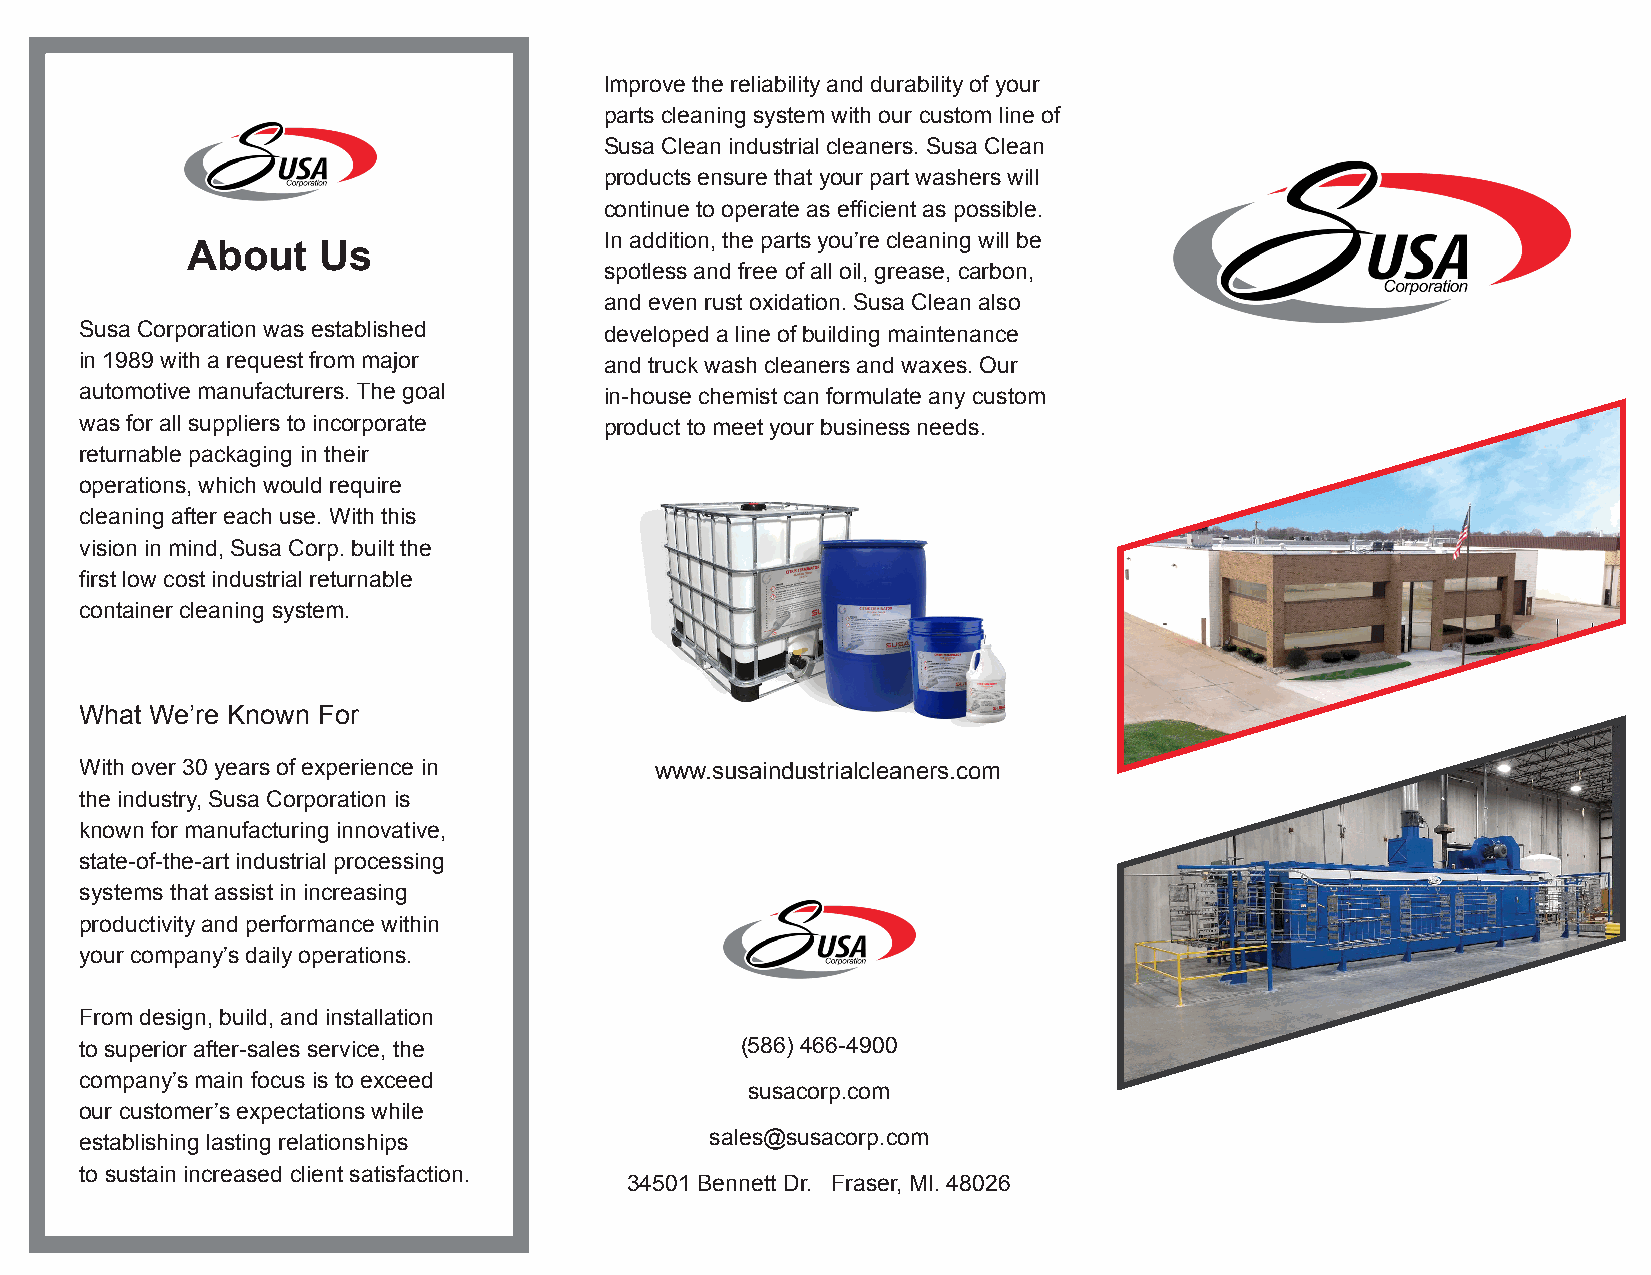
Improve the reliability and durability of your
 parts cleaning system with our custom line of
 Susa Clean industrial cleaners. Susa Clean
 products ensure that your part washers will
 continue to operate as efficient as possible.
 In addition, the parts you’re cleaning will be
 About    Us
 spotless and free of all oil, grease, carbon,
 and even rust oxidation. Susa Clean also
 Susa Corporation was established   developed a line of building maintenance
 in 1989 with a request from major  and truck wash cleaners and waxes. Our
 automotive manufacturers. The goal in-house chemist can formulate any custom
 was for all suppliers to incorporate product to meet your business needs.
 returnable packaging in their
 operations, which would require
 cleaning after each use. With this
 vision in mind, Susa Corp. built the
 first low cost industrial returnable
 container cleaning system.
 What We’re Known For
 With over 30 years of experience in   www.susaindustrialcleaners.com
 the industry, Susa Corporation is
 known for manufacturing innovative,
 state-of-the-art industrial processing
 systems that assist in increasing
 productivity and performance within
 your company’s daily operations.
 From design, build, and installation
 to superior after-sales service, the        (586) 466-4900
 company’s main focus is to exceed
 susacorp.com
 our customer’s expectations while
 establishing lasting relationships        sales@susacorp.com
 to sustain increased client satisfaction.
 34501 Bennett Dr. Fraser, MI. 48026